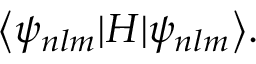
\big < \psi _ { n l m } | H | \psi _ { n l m } \big > .